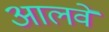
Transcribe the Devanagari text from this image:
आलवे